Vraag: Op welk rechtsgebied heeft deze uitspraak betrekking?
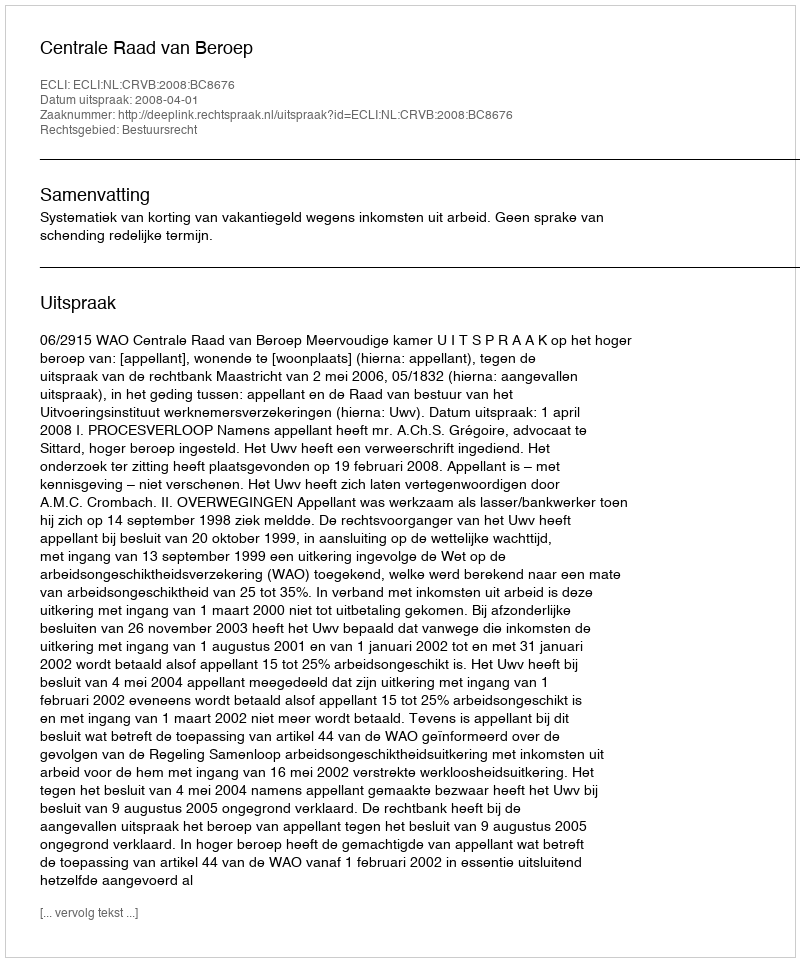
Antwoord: Bestuursrecht